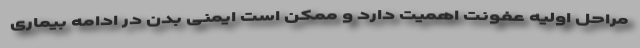
مراحل اولیه عفونت اهمیت دارد و ممکن است ایمنی بدن در ادامه بیماری